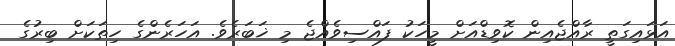
އަޅައިގަތީ ރާއްޖެއިން ކޮވިޑްއަށް މީހަކު ފައްސިވެއްޖެ މި ޚަބަރެވެ. އަހަރެންގެ ހިތަކަށް ބިރުގެ